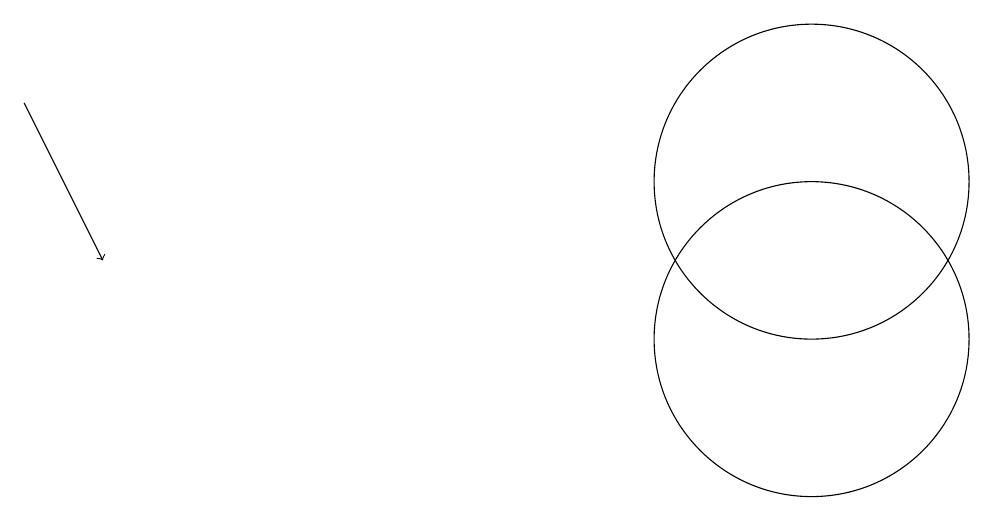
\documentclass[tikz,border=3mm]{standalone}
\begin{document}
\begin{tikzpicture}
\draw (10,12) circle (2);
\draw (10,10) circle (2);
\draw[->] (0,13) -- (1,11);
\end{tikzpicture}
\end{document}